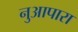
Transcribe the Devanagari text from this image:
नुआपारा